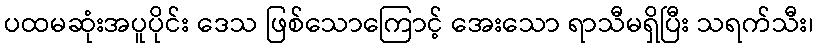
ပထမဆုံးအပူပိုင်း ဒေသ ဖြစ်သောကြောင့် အေးသော ရာသီမရှိပြီး သရက်သီး၊